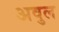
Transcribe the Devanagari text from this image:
अवुल